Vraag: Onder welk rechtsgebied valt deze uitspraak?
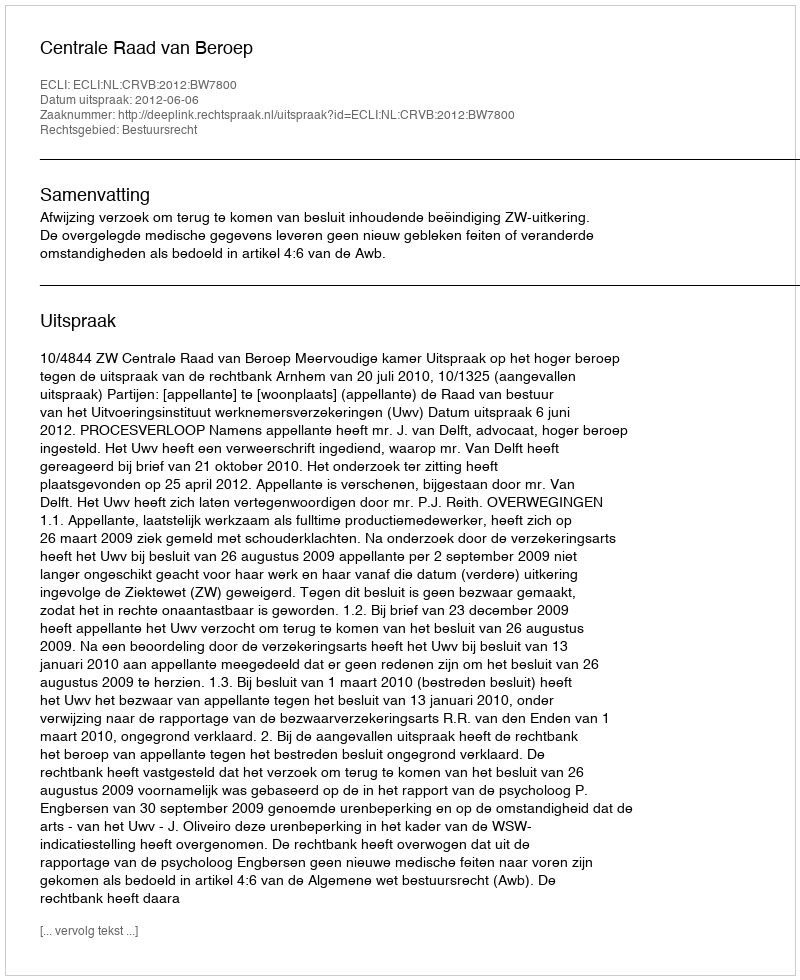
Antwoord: Bestuursrecht